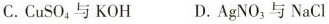
C.CuSO_{4}与KOH D.AgNO_{3}与NaCl